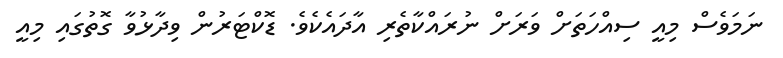
ނަމަވެސް މިއީ ސިއްހަތަށް ވަރަށް ނުރައްކާތެރި އާދައެކެވެ. ޑޮކްޓަރުން ވިދާޅުވާ ގޮތުގައި މިއީ